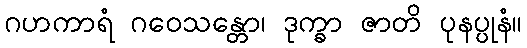
ဂဟကာရံ ဂဝေသန္တော၊ ဒုက္ခာ ဇာတိ ပုနပ္ပုနံ။